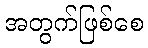
အတွက်ဖြစ်စေ